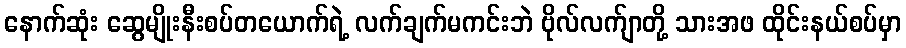
နောက်ဆုံး ဆွေမျိုးနီးစပ်တယောက်ရဲ့ လက်ချက်မကင်းဘဲ ဗိုလ်လက်ျာတို့ သားအဖ ထိုင်းနယ်စပ်မှာ